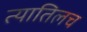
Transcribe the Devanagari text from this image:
त्यातिलच